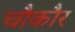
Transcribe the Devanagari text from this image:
चौकौर